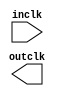

module sysclkout (
	inclk,
	outclk);	

	input		inclk;
	output		outclk;
endmodule